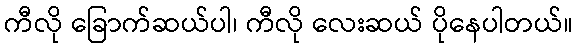
ကီလို ခြောက်ဆယ်ပါ၊ ကီလို လေးဆယ် ပိုနေပါတယ်။